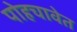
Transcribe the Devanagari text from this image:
पोहचावेत